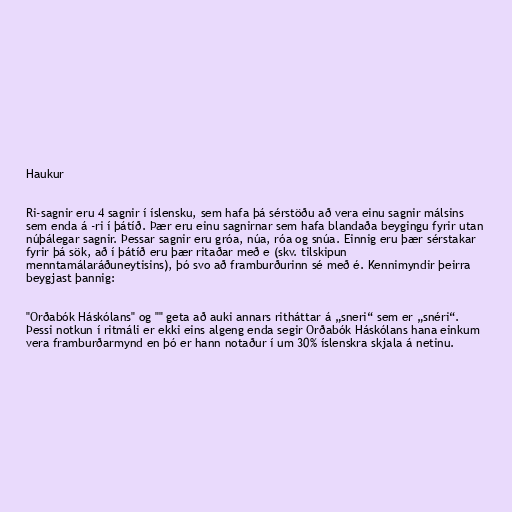
Haukur

Ri-sagnir eru 4 sagnir í íslensku, sem hafa þá sérstöðu að vera einu sagnir málsins
sem enda á -ri í þátíð. Þær eru einu sagnirnar sem hafa blandaða beygingu fyrir utan
núþálegar sagnir. Þessar sagnir eru gróa, núa, róa og snúa. Einnig eru þær sérstakar
fyrir þá sök, að í þátíð eru þær ritaðar með e (skv. tilskipun
menntamálaráðuneytisins), þó svo að framburðurinn sé með é. Kennimyndir þeirra
beygjast þannig:

"Orðabók Háskólans" og "" geta að auki annars ritháttar á „sneri“ sem er „snéri“.
Þessi notkun í ritmáli er ekki eins algeng enda segir Orðabók Háskólans hana einkum
vera framburðarmynd en þó er hann notaður í um 30% íslenskra skjala á netinu.